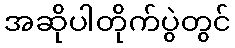
အဆိုပါတိုက်ပွဲတွင်